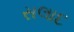
સલાદ